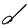
Character: d